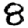
Digit: 8